Annual report of the Punjab Veterinary College and of the Civil Veterinary Department, Punjab - 1920-1925
Year: 1920
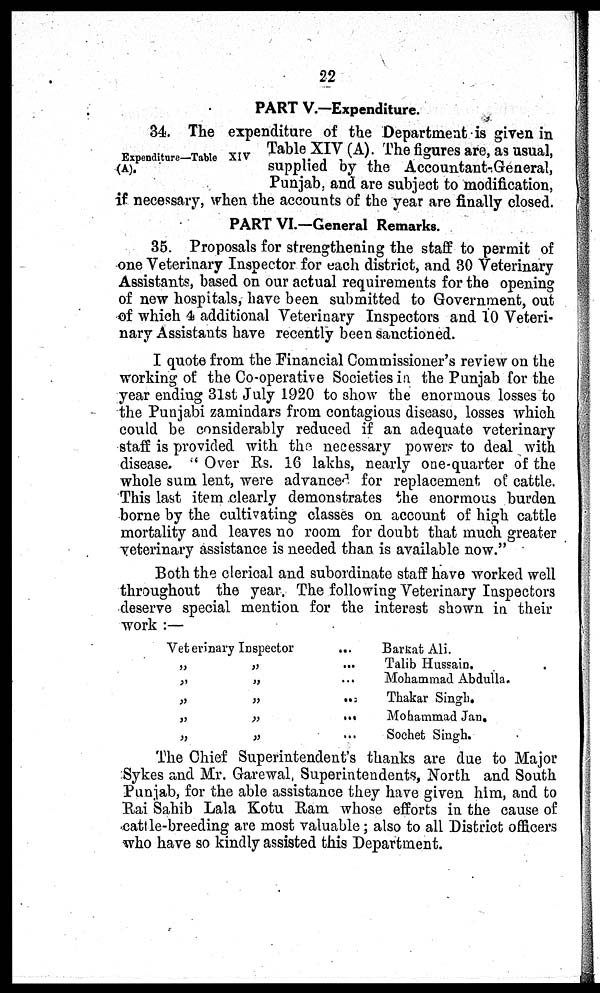
22
PART V.—Expenditure.
Expenditnre—Table XIV
(A).
34. The expenditure of the Department is given in
Table XIV (A). The figures are, as usual,
supplied by the Accountant-General,
Punjab, and are subject to modification,
if necessary, when the accounts of the year are finally closed.
PART VI.—General Remarks.
35. Proposals for strengthening the staff to permit of
one Veterinary Inspector for each district, and 30 Veterinary
Assistants, based on our actual requirements for the opening
of new hospitals, have been submitted to Government, out
of which 4 additional Veterinary Inspectors and 10 Veteri-
nary Assistants have recently been sanctioned.
I quote from the Financial Commissioner's review on the
working of the Co-operative Societies in the Punjab for the
year ending 31st July 1920 to show the enormous losses to
the Punjabi zamindars from contagious disease, losses which
could be considerably reduced if an adequate veterinary
staff is provided with the necessary powers to deal with
disease. "Over Rs. 16 lakhs, nearly one-quarter of the
whole sum lent, were advanced for replacement of cattle.
This last item clearly demonstrates the enormous burden
borne by the cultivating classes on account of high cattle
mortality and leaves no room for doubt that much greater
veterinary assistance is needed than is available now."
Both the clerical and subordinate staff have worked well
throughout the year. The following Veterinary Inspectors
deserve special mention for the interest shown in their
work:—
Veterinary Inspector
...
„ „ ...
„
„...
„ „ ...
„ „ ...
„
„...
Barkat Ali.
Talib Hussain.
Mohammad Abdulla.
Thakar Singh.
Mohammad Jan,
Sochet Singh.
The Chief Superintendent's thanks are due to Major
Sykes and Mr. Garewal, Superintendents, North and South
Punjab, for the able assistance they have given him, and to
Rai Sahib Lala Kotu Ram whose efforts in the cause of
cattle-breeding are most valuable; also to all District officers
who have so kindly assisted this Department.